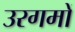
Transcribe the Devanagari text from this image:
उरगमों